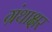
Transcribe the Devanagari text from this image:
ग्रंथाक्षर